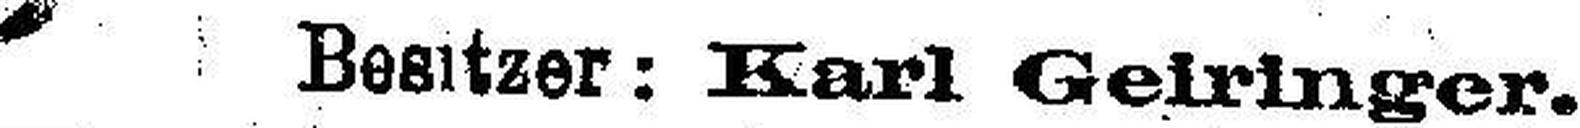
Besitzer: Karl Geiringer.